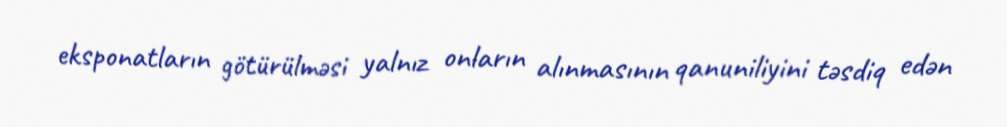
eksponatların götürülməsi yalnız onların alınmasının qanuniliyini təsdiq edən